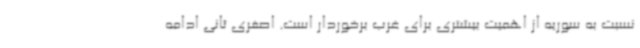
نسبت به سوریه از اهمیت بیشتری برای غرب برخوردار است. اصغری ثانی ادامه